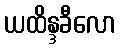
ယထိန္ဒခီလော